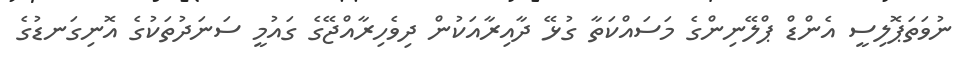
ނުވަތަޕޮލިސީ އެންޑް ޕްލޭނިންގެ މަސައްކަތާ ގުޅޭ ދާއިރާއަކުން ދިވެހިރާއްޖޭގެ ގައުމީ ސަނަދުތަކުގެ އޮނިގަނޑުގެ